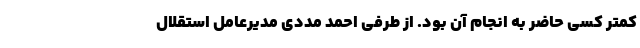
کمتر کسی حاضر به انجام آن بود. از طرفی احمد مددی مدیرعامل استقلال